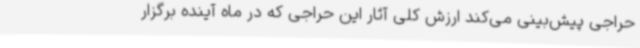
حراجی پیش‌بینی می‌کند ارزش کلی آثار این حراجی که در ماه آینده برگزار